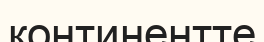
континентте